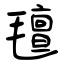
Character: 氊